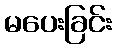
မပေးခြင်း